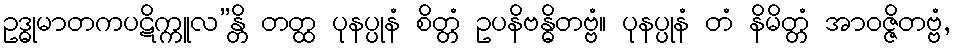
ဥဒ္ဓုမာတကပဋိက္ကူလ”န္တိ တတ္ထ ပုနပ္ပုနံ စိတ္တံ ဥပနိဗန္ဓိတဗ္ဗံ။ ပုနပ္ပုနံ တံ နိမိတ္တံ အာဝဇ္ဇိတဗ္ဗံ,